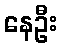
နေဦး